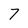
Character: 7